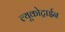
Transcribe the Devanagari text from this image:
ल्यूकोट्राईन